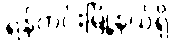
ရန်ကင်းမြို့နယ်ရှိ